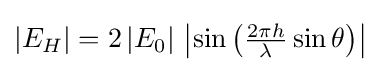
\textstyle {\left|E_{H}\right|=2\left|E_{0}\right|\,\left|\sin \left({2\pi h \over \lambda }\sin \theta \right)\right|}